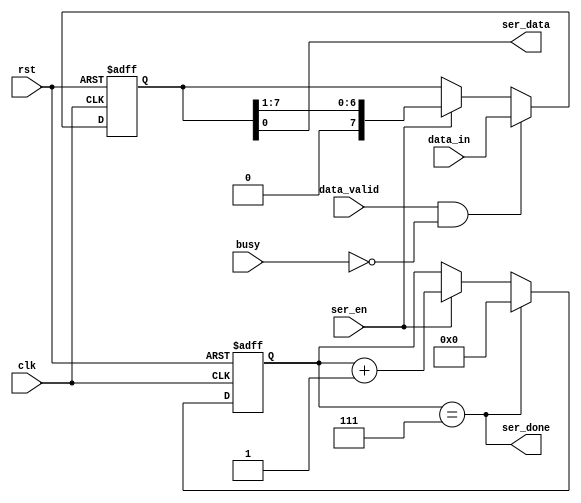
module serializer #
(
  parameter DATA_WIDTH = 8, 
  parameter CNTR_WIDTH = 4
)
(
  input  wire                  clk,
  input  wire                  rst,

  input  wire [DATA_WIDTH-1:0] data_in,
  input  wire                  data_valid,
  input  wire                  busy,

  input  wire                  ser_en,

  output wire                  ser_data,
  output wire                  ser_done 
);

  reg [DATA_WIDTH-1:0] REG;
  reg [CNTR_WIDTH-1:0] CNTR;

  always @ (posedge clk or negedge rst)
    begin
      if (!rst)
        REG <= 0;
      else if (data_valid && !busy)
        REG <= data_in;
      else if (ser_en)
        REG <= REG >> 1;
    end

  always @ (posedge clk or negedge rst)
    begin
      if (!rst)
        CNTR <= 0;
      else if (ser_done)
        CNTR <= 0;
      else if (ser_en)
        CNTR <= CNTR + 1;
    end

  assign ser_done = (CNTR == 3'b111); 
  assign ser_data = REG [0];
endmodule